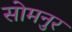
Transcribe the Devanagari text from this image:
सोमनुर